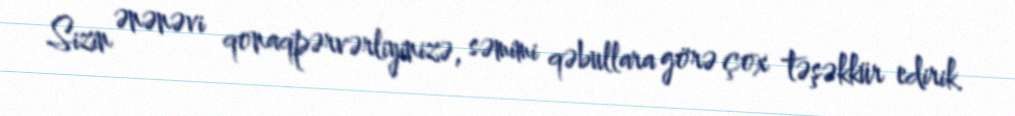
Sizin ənənəvi qonaqpərvərliyinizə, səmimi qəbullara görə çox təşəkkür edirik.